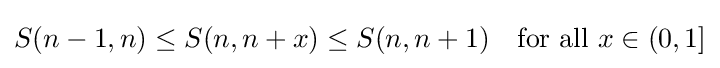
S(n-1,n)\leq S(n,n+x)\leq S(n,n+1)\quad {\text{for all }}x\in (0,1]